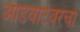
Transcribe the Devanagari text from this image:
आडवाटेवरचा